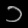
Digit: ၁